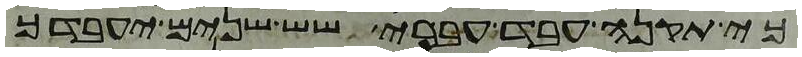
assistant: כי תקנה עבד עברי שש שנים יעבדך